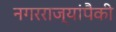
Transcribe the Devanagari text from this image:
नगरराज्यांपैकी